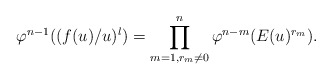
\begin{align*}\varphi^{n-1} ((f(u)/ u )^l )= \prod_{m =1, r_m \not = 0}^{n} \varphi^{n -m} (E(u) ^{r_m}).\end{align*}